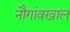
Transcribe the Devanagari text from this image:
नौगांवखाल